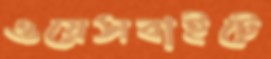
ওয়েসবাইটে